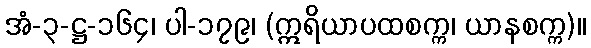
အံ-၃-ဋ္ဌ-၁၆၄၊ ပါ-၁၇၉၊ (ဣရိယာပထစက္က၊ ယာနစက္က)။